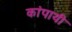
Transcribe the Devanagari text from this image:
कांपायी